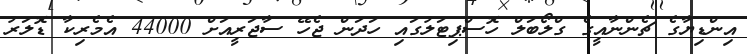
އިންޑިޔާގެ ޗެންނާއީގެ ގްލޯބަލް ހޮސްޕިޓަލުގައި ހަދަން ޖެހޭ ސާޖަރީއަށް 44000 އެމެރިކާ ޑޮލަރު